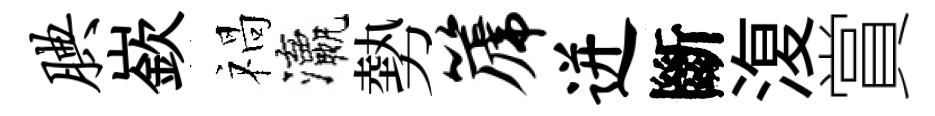
腆嶔禍瀛勢篪迸斷𣸪賞